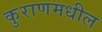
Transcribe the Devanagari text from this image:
कुराणमधील